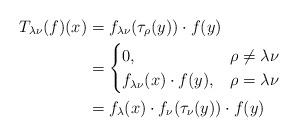
LaTeX: \begin{align*} T_{\lambda\nu}(f)(x)&= f_{\lambda\nu}(\tau_\rho(y)) \cdot f(y) \\ &= \begin{cases} 0, & \rho \not= \lambda \nu\\ f_{\lambda\nu}(x) \cdot f(y), & \rho = \lambda\nu \end{cases}\\ &= f_\lambda(x) \cdot f_\nu(\tau_\nu(y) ) \cdot f(y) \end{align*}